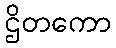
ဌိတကော